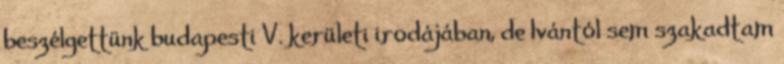
beszélgettünk budapesti V. kerületi irodájában, de Ivántól sem szakad­tam